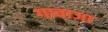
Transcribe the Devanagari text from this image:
गावाजा